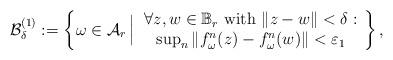
LaTeX: \begin{align*}\mathcal B_\delta^{(1)}:=\left\{\omega\in\mathcal A_r\,\Big|\,\begin{array}{c}\forall z,w\in \mathbb B_r\textrm{ with }\Vert z-w\Vert<\delta :\\\sup_n\Vert f^n_\omega(z)-f^n_\omega(w)\Vert<\varepsilon_1\end{array}\right\},\end{align*}